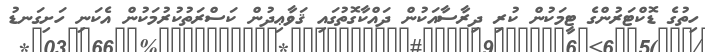
ހިތުގެ ޑޮކްޓަރުންގެ ޓީމަކުން ކުރި ދިރާސާއަކުން ދައްކާގޮތުގައި ޤަވާޢިދުން ކަސްރަތުކުރުމަކުން އެކަނި ހަށިގަނޑު